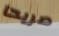
صريحا